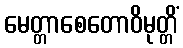
မေတ္တာစေတောဝိမုတ္တိံ